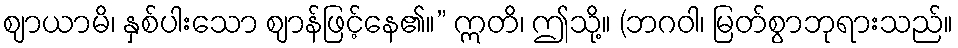
ဈာယာမိ၊ နှစ်ပါးသော ဈာန်ဖြင့်နေ၏။” ဣတိ၊ ဤသို့။ (ဘဂဝါ၊ မြတ်စွာဘုရားသည်။